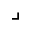
\lrcorner